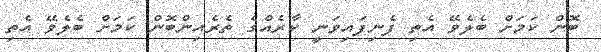
ބޮން ކަމަށް ބެލެވޭ އެތި ފެނިފައިވަނީ ކާރެއްގެ ތެރެއިންބޮން ކަމަށް ބެލެވޭ އެތި